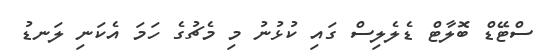
ސްޓޭޑް ބޮލާޓް ޑެލެލިސް ގައި ކުޅުނު މި މެޗުގެ ހަމަ އެކަނި ލަނޑު